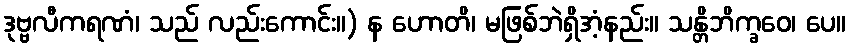
ဒုဗ္ဗလီကရဏံ၊ သည် လည်းကောင်း။) န ဟောတိ၊ မဖြစ်ဘဲရှိအံ့နည်း။ သန္တိဘိက္ခဝေ၊ ပေ။